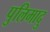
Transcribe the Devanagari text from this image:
पुलिमादु